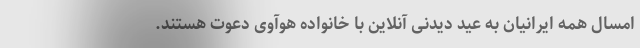
امسال همه ایرانیان به عید دیدنی آنلاین با خانواده هوآوی دعوت هستند.